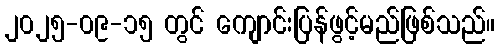
၂၀၂၅-၀၉-၁၅ တွင် ကျောင်းပြန်ဖွင့်မည်ဖြစ်သည်။